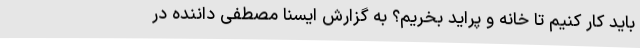
باید کار کنیم تا خانه و پراید بخریم؟ به گزارش ایسنا مصطفی داننده در